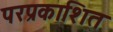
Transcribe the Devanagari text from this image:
परप्रकाशित